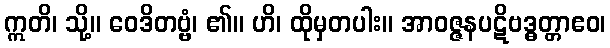
ဣတိ၊ သို့။ ဝေဒိတဗ္ဗံ၊ ၏။ ဟိ၊ ထိုမှတပါး။ အာဝဇ္ဇနပဋိဗဒ္ဓတ္တာဧဝ၊